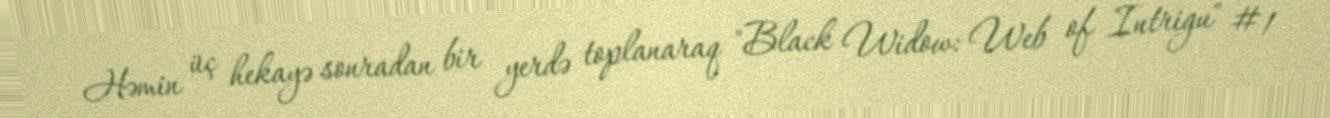
Həmin üç hekayə sonradan bir yerdə toplanaraq "Black Widow: Web of Intrigu" #1